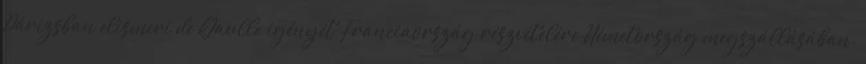
Párizsban elismeri de Gaulle igényét Franciaország részvételére Németország megszállásában.